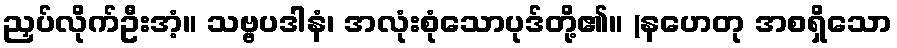
ညှပ်လိုက်ဦးအံ့။ သဗ္ဗပဒါနံ၊ အလုံးစုံသောပုဒ်တို့၏။ (နဟေတု အစရှိသော